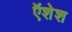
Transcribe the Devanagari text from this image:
ऍशेश